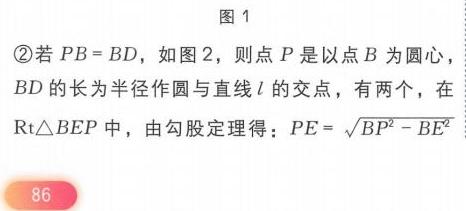
图1
\textcircled{2}若\(PB = BD\)，如图2，则点\(P\)是以点\(B\)为圆心，\(BD\)的长为半径作圆与直线\(l\)的交点，有两个，在\(\text{Rt}\triangle BEP\)中，由勾股定理得：\(PE = \sqrt{BP^{2}-BE^{2}}\)
86